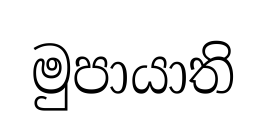
මුපායාති